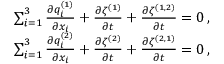
\begin{array} { r } { \sum _ { i = 1 } ^ { 3 } \frac { \partial { q _ { i } ^ { ( 1 ) } } } { \partial { x _ { i } } } + \frac { \partial { \zeta ^ { ( 1 ) } } } { \partial { t } } + \frac { \partial { \zeta ^ { ( 1 , 2 ) } } } { \partial { t } } = 0 \, , } \\ { \sum _ { i = 1 } ^ { 3 } \frac { \partial { q _ { i } ^ { ( 2 ) } } } { \partial { x _ { i } } } + \frac { \partial { \zeta ^ { ( 2 ) } } } { \partial { t } } + \frac { \partial { \zeta ^ { ( 2 , 1 ) } } } { \partial { t } } = 0 \, , } \end{array}